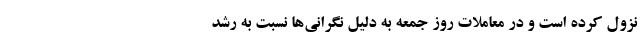
نزول کرده است و در معاملات روز جمعه به دلیل نگرانی‌ها نسبت به رشد